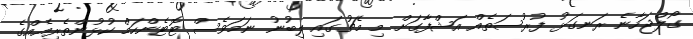
ގޯލްޖަހާނެ ރަނގަޅު ފުރުސަތެއް އަޝްފާގަށް މި މެޗުގައި ލިބުނު ނަމަވެސް ޓޮޓެންހަމް ކުޅުންތެރިއެއްގެ